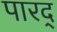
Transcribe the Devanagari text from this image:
पारद्